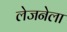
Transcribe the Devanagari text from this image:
लेजनेला